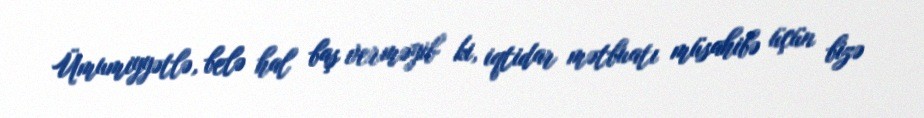
Ümumiyyətlə, belə hal baş verməyib ki, iqtidar mətbuatı müsahibə üçün bizə